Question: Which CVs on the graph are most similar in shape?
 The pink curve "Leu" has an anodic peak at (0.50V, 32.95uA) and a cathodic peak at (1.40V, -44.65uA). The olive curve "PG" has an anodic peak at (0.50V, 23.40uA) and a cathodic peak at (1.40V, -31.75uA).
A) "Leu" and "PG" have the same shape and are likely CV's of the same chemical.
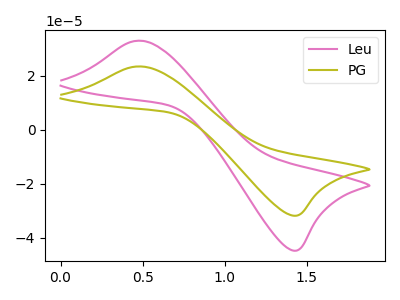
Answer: <think>All the peaks in "Leu" have a peak in "PG" at the same potential. Every peak in "Leu" is higher than every peak in "PG".
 </think>
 <answer>A) "Leu" and "PG" have the same shape and are likely CV's of the same chemical.</answer>
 <eval>A</eval>